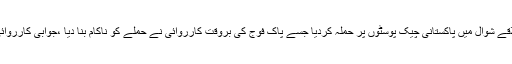
15 جون2018ء) دہشتگردوں نے سرحد پار سے شمالی وزیرستان کے علاقے شوال میں پاکستانی چیک پوسٹوں پر حملہ کردیا جسے پاک فوج کی بروقت کارروائی نے حملے کو ناکام بنا دیا ،جوابی کارروائی میں 5 دہشتگرد ہلاک ہوئے جبکہ پاک فوج کے 3 جوان بھی شہید ہوئے ۔